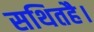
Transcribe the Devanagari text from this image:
सथितहै।